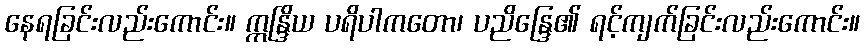
နေရခြင်းလည်းကောင်း။ ဣန္ဒြိယ ပရိပါကတော၊ ပညိန္ဒြေ၏ ရင့်ကျက်ခြင်းလည်းကောင်း။